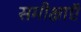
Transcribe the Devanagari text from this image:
समीक्षाऍ